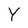
Character: Y